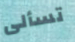
تسألى